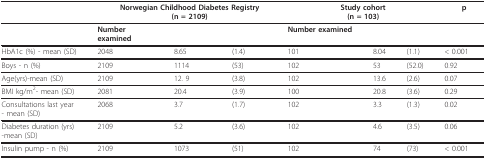
<table><thead><tr><td></td><td colspan="3"><b>Norwegian Childhood Diabetes Registry(n = 2109)</b></td><td colspan="3"><b>Study cohort(n = 103)</b></td><td><b>p</b></td></tr></thead><tbody><tr><td></td><td><b>Number</b><b>examined</b></td><td></td><td></td><td><b>Number examined</b></td><td></td><td></td><td></td></tr><tr><td>HbA1c (%) - mean (SD)</td><td>2048</td><td>8.65</td><td>(1.4)</td><td>101</td><td>8.04</td><td>(1.1)</td><td>&lt; 0.001</td></tr><tr><td>Boys - n (%)</td><td>2109</td><td>1114</td><td>(53)</td><td>102</td><td>53</td><td>(52.0)</td><td>0.92</td></tr><tr><td>Age(yrs)-mean (SD)</td><td>2109</td><td>12. 9</td><td>(3.8)</td><td>102</td><td>13.6</td><td>(2.6)</td><td>0.07</td></tr><tr><td>BMI kg/m<sup>2</sup>- mean (SD)</td><td>2081</td><td>20.4</td><td>(3.9)</td><td>100</td><td>20.8</td><td>(3.6)</td><td>0.29</td></tr><tr><td>Consultations last year- mean (SD)</td><td>2068</td><td>3.7</td><td>(1.7)</td><td>102</td><td>3.3</td><td>(1.3)</td><td>0.02</td></tr><tr><td>Diabetes duration (yrs)-mean (SD)</td><td>2109</td><td>5.2</td><td>(3.6)</td><td>102</td><td>4.6</td><td>(3.5)</td><td>0.06</td></tr><tr><td>Insulin pump - n (%)</td><td>2109</td><td>1073</td><td>(51)</td><td>102</td><td>74</td><td>(73)</td><td>&lt; 0.001</td></tr></tbody></table>